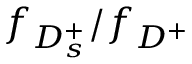
f _ { D _ { s } ^ { + } } / f _ { D ^ { + } }